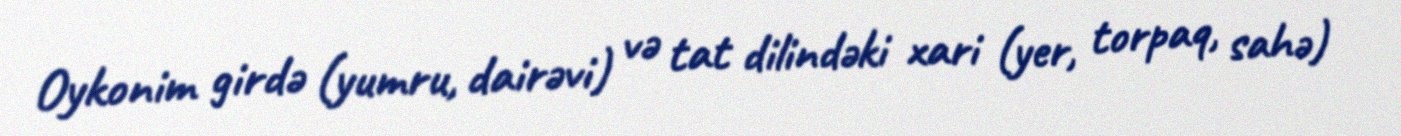
Oykonim girdə (yumru, dairəvi) və tat dilindəki xari (yer, torpaq, sahə)